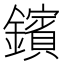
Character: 鑌